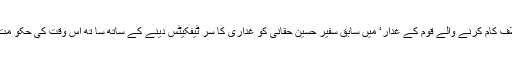
اشتیاق بیگ نے اپنے کا لم ’ ملکی مفاد کی خلاف کام کرنے والے قوم کے غدار‘ میں سابق سفیر حسین حقانی کو غداری کا سر ٹیفکیٹس دینے کے ساتھ سا تھ اُس وقت کی حکو مت کو بھی کٹہرے میں لانے کا مطالبہ کیا ہے۔